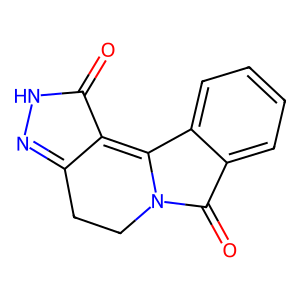
SMILES: O=C1NN=C2CCN3C(=O)c4ccccc4C3=C12
Inhibits HIV replication: No